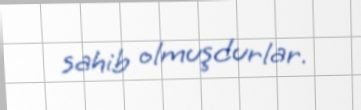
sahib olmuşdurlar.